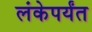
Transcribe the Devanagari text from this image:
लंकेपर्यंत